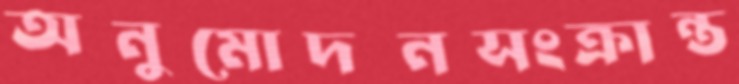
অনুমোদনসংক্রান্ত